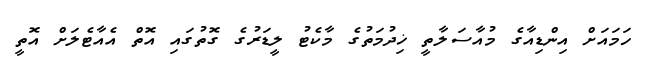
ހަމައަށް އިންޑިއާގެ މުއާސަލާތީ ޚިދުމަތުގެ މާކެޓު ލީޑަރުގެ ގޮތުގައި އޮތް އެއާޓެލަށް އޮތީ